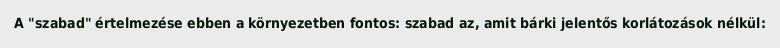
A "szabad" értelmezése ebben a környezetben fontos: szabad az, amit bárki jelentős korlátozások nélkül: